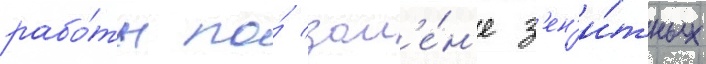
рабо́ты по́ зам'е́н'е з'ен'и́тных